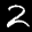
Label: 2